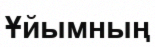
Ұйымның